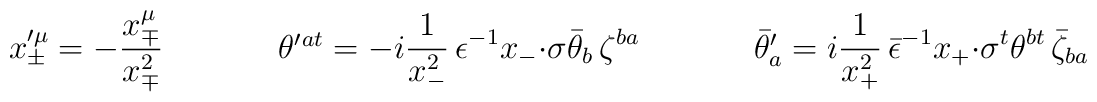
\begin{array}{ccc}x^{\prime\mu}_{\pm}=-\displaystyle{\frac{x_{\mp}^{\mu}}{x_{\mp}^{2}}}~~~~&~~~~\theta^{\prime}{}^{at}=\displaystyle{-i\frac{1}{x_{-}^{2}}\,\epsilon^{-1}x_{-}{\cdot\sigma}\bar{\theta}_{b}\,\zeta^{ba}}~~~~&~~~~\bar{\theta}^{\prime}_{a}=i\displaystyle{\frac{1}{x_{+}^{2}}\,\bar{\epsilon}^{-1}x_{+}{\cdot\sigma^{t}}\theta^{bt}\,\bar{\zeta}_{ba}}\end{array}